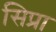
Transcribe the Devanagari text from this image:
सिप्रा